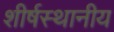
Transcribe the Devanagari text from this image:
शीर्षस्थानीय